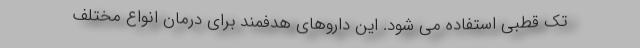
تک قطبی استفاده می شود. این داروهای هدفمند برای درمان انواع مختلف